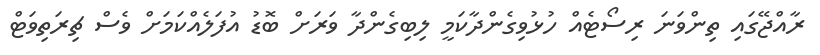
ރާއްޖޭގައި ތިންވަނަ ރިސޯޓެއް ހުޅުވިގެންދާކަމީ ލިބިގެންދާ ވަރަށް ބޮޑު އުފަލެއްކަމަށް ވެސް ޗިރަތިވަޓް